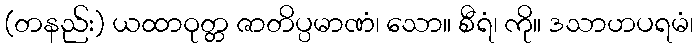
(တနည်း) ယထာဝုတ္တ ဇာတိပ္ပမာဏံ၊ သော။ စီရံ၊ ကို။ ဒသာဟပရမံ၊